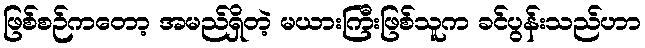
ဖြစ်စဉ်ကတော့ အမည်ရှိတဲ့ မယားကြီးဖြစ်သူက ခင်ပွန်းသည်ဟာ